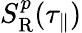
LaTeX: S_{\mathrm{{R}}}^{p}(\tau_{\parallel})